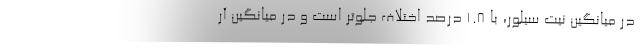
در میانگین نیت سیلور، با 1.8 درصد اختلاف جلوتر است و در میانگین آر